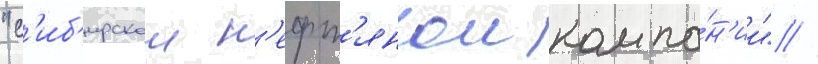
"с'иб'ирскои н'ефт'янои компа́н'ии" //